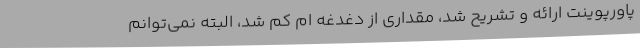
پاورپوینت ارائه و تشریح شد، مقداری از دغدغه ام کم شد، البته نمی‌توانم